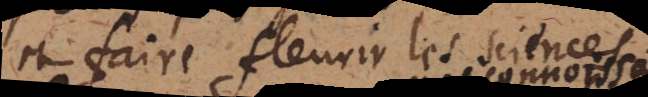
et faire fleurir les sciences.